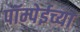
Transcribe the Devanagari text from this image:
पॉम्पेईच्या